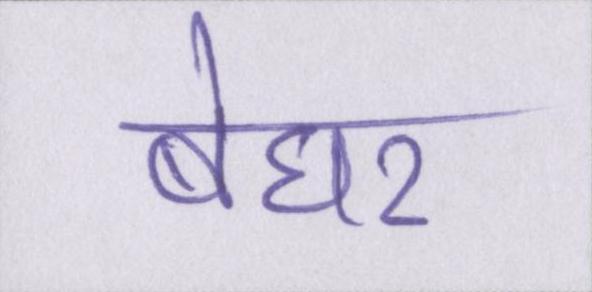
बेघर